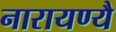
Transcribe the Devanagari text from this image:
नारायण्यै